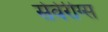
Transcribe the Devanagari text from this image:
सेवेरीग्स